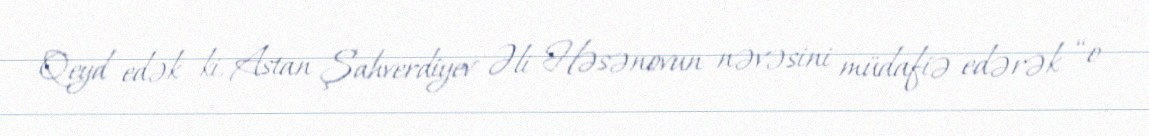
Qeyd edək ki, Astan Şahverdiyev Əli Həsənovun nəvəsini müdafiə edərək “o